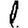
Digit: 1